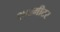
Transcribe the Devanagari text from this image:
२४३मीटर